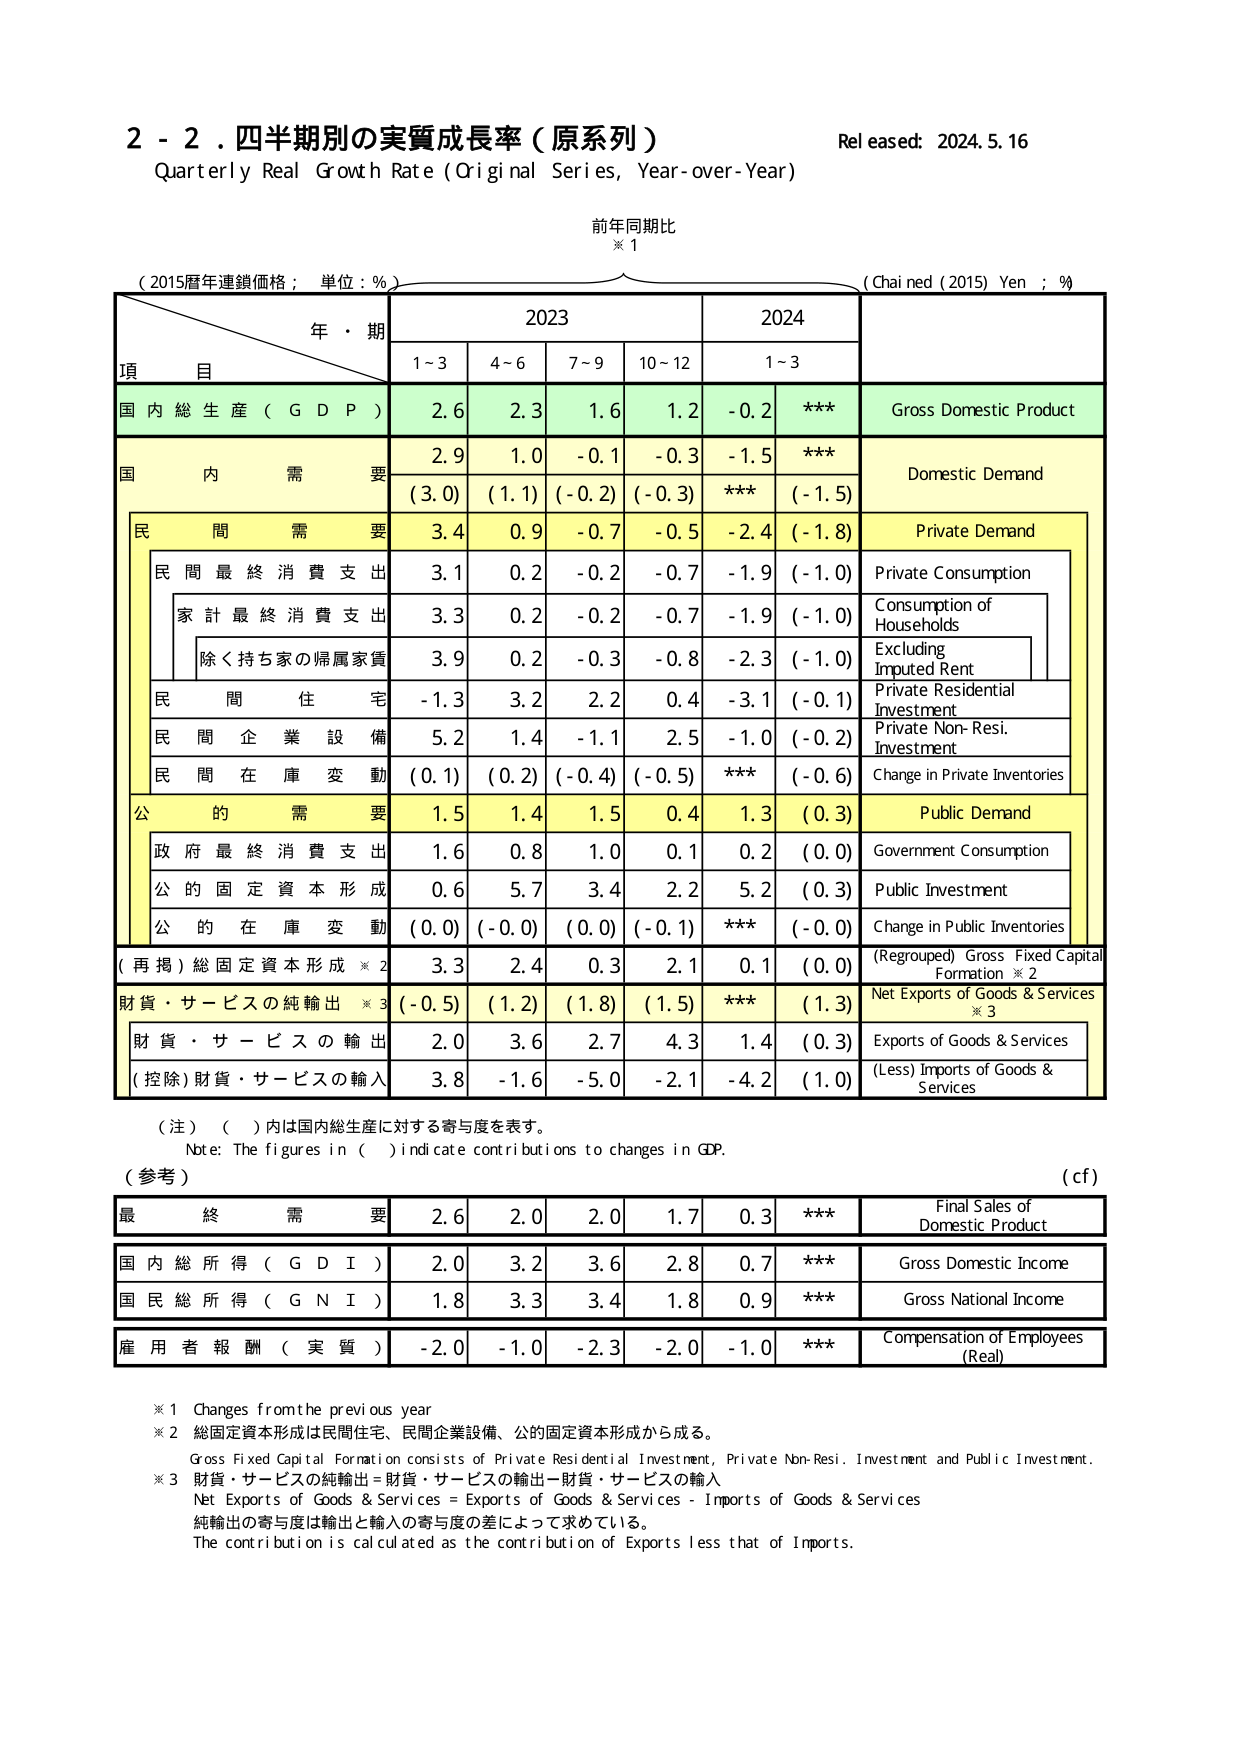
2 - 2. 四半期別の実質成長率（原系列）
Quarterly Real Growth Rate (Original Series, Year-over-Year)
Released: 2024.5.16
前年同期比
※1
(2015暦年連鎖価格；単位：％)
(Chained (2015) Yen ; %)
年・期
2023
2024
項 目
1~3
4~6
7~9
10~12
1~3
国内総生産（GDP）
2.6
2.3
1.6
1.2
-0.2
***
Gross Domestic Product
国内需要
2.9
1.0
-0.1
-0.3
-1.5
***
Domestic Demand
(3.0)
(1.1)
(-0.2)
(-0.3)
***
(-1.5)
民間需要
3.4
0.9
-0.7
-0.5
-2.4
(-1.8)
Private Demand
民間最終消費支出
3.1
0.2
-0.2
-0.7
-1.9
(-1.0)
Private Consumption
家計最終消費支出
3.3
0.2
-0.2
-0.7
-1.9
(-1.0)
Consumption of Households
除く持ち家の帰属家賃
3.9
0.2
-0.3
-0.8
-2.3
(-1.0)
Excluding Imputed Rent
民間住宅
-1.3
3.2
2.2
0.4
-3.1
(-0.1)
Private Residential Investment
民間企業設備
5.2
1.4
-1.1
2.5
-1.0
(-0.2)
Private Non-Resi. Investment
民間在庫変動
(0.1)
(0.2)
(-0.4)
(-0.5)
***
(-0.6)
Change in Private Inventories
公的需要
1.5
1.4
1.5
0.4
1.3
(0.3)
Public Demand
政府最終消費支出
1.6
0.8
1.0
0.1
0.2
(0.0)
Government Consumption
公的固定資本形成
0.6
5.7
3.4
2.2
5.2
(0.3)
Public Investment
公的在庫変動
(0.0)
(-0.0)
(0.0)
(-0.1)
***
(-0.0)
Change in Public Inventories
(再掲)総固定資本形成※2
3.3
2.4
0.3
2.1
0.1
(0.0)
(Regrouped) Gross Fixed Capital Formation ※2
財貨・サービスの純輸出※3
(-0.5)
(1.2)
(1.8)
(1.5)
***
(1.3)
Net Exports of Goods & Services ※3
財貨・サービスの輸出
2.0
3.6
2.7
4.3
1.4
(0.3)
Exports of Goods & Services
(控除)財貨・サービスの輸入
3.8
-1.6
-5.0
-2.1
-4.2
(1.0)
(Less) Imports of Goods & Services
（注）（ ）内是国内総生産に対する寄与度を表す。
Note: The figures in ( ) indicate contributions to changes in GDP.
（参考）
(cf)
最終需要
2.6
2.0
2.0
1.7
0.3
***
Final Sales of Domestic Product
国内総所得（GDI）
2.0
3.2
3.6
2.8
0.7
***
Gross Domestic Income
国民総所得（GNI）
1.8
3.3
3.4
1.8
0.9
***
Gross National Income
雇用者報酬（実質）
-2.0
-1.0
-2.3
-2.0
-1.0
***
Compensation of Employees (Real)
※1 Changes from the previous year
※2 総固定資本形成は民間住宅、民間企業設備、公的固定資本形成から成る。
Gross Fixed Capital Formation consists of Private Residential Investment, Private Non-Resi. Investment and Public Investment.
※3 財貨・サービスの純輸出＝財貨・サービスの輸出－財貨・サービスの輸入
Net Exports of Goods & Services = Exports of Goods & Services - Imports of Goods & Services
純輸出の寄与度は輸出と輸入の寄与度の差によって求めている。
The contribution is calculated as the contribution of Exports less that of Imports.